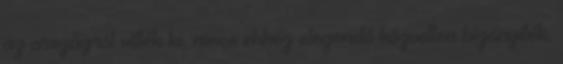
az országról vitték ki, nincs ehhez elegendő közvetlen bizonyíték,